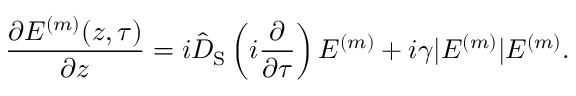
\frac { \partial E ^ { ( m ) } ( z , \tau ) } { \partial z } = i \hat { D } _ { \mathrm { S } } \left( i \frac { \partial } { \partial \tau } \right) E ^ { ( m ) } + i \gamma | E ^ { ( m ) } | E ^ { ( m ) } .